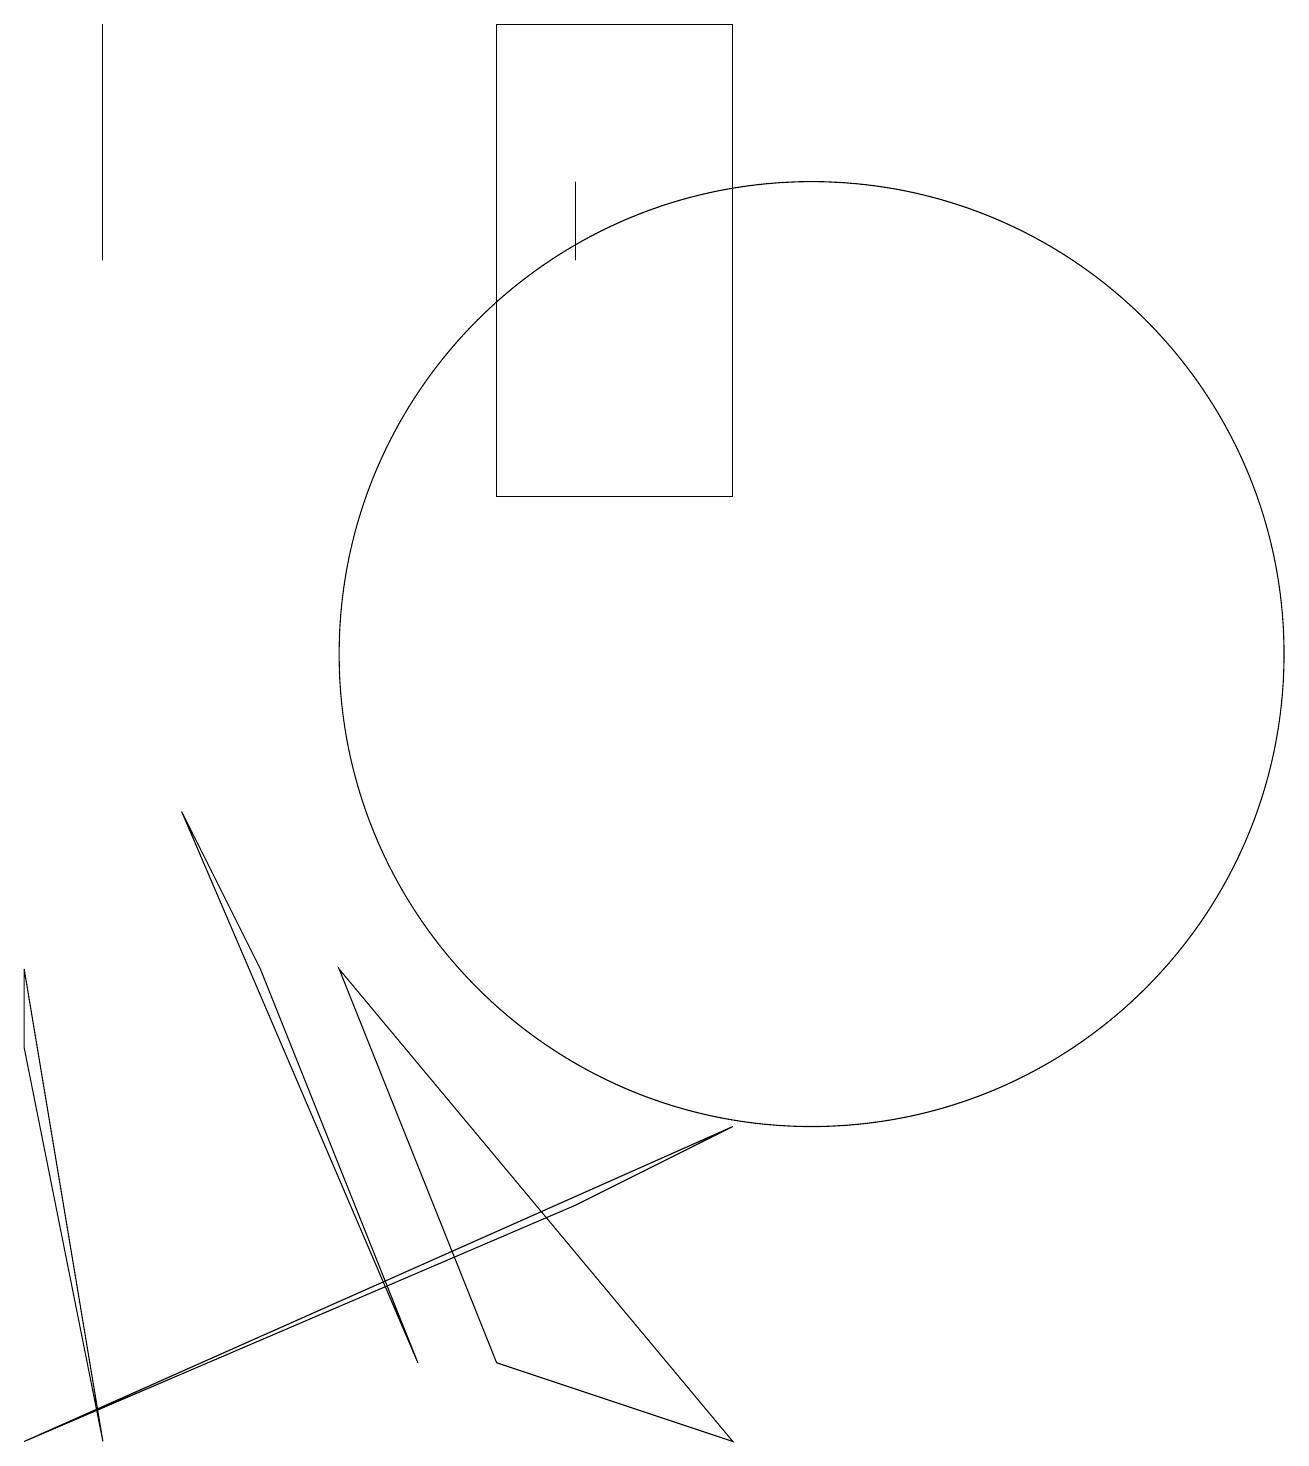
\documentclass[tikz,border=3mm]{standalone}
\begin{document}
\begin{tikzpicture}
\draw (6,2) -- (9,1) -- (4,7) -- cycle;
\draw (9,19) rectangle (6,13);
\draw (5,2) -- (2,9) -- (3,7) -- cycle;
\draw (10,11) circle (6);
\draw (7,17) rectangle (7,16);
\draw (7,4) -- (0,1) -- (9,5) -- cycle;
\draw (1,16) rectangle (1,19);
\draw (0,6) -- (1,1) -- (0,7) -- cycle;
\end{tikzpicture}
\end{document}